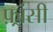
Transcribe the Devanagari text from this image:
फ़्रांसी